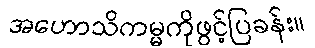
အဟောသိကမ္မကိုဖွင့်ပြခန်း။